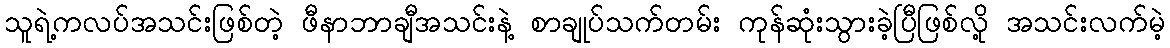
သူရဲ့ကလပ်အသင်းဖြစ်တဲ့ ဖီနာဘာချီအသင်းနဲ့ စာချုပ်သက်တမ်း ကုန်ဆုံးသွားခဲ့ပြီဖြစ်လို့ အသင်းလက်မဲ့